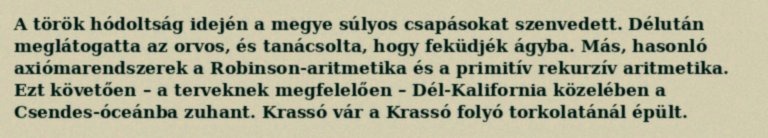
A török hódoltság idején a megye súlyos csapásokat szenvedett. Délután meglátogatta az orvos, és tanácsolta, hogy feküdjék ágyba. Más, hasonló axiómarendszerek a Robinson-aritmetika és a primitív rekurzív aritmetika. Ezt követően – a terveknek megfelelően – Dél-Kalifornia közelében a Csendes-óceánba zuhant. Krassó vár a Krassó folyó torkolatánál épült.